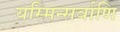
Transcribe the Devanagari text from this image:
यस्मिन्सर्वाणि